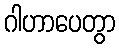
ဂါဟာပေတွာ